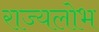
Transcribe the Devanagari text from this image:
राज्यलोभ